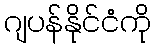
ဂျပန်နိုင်ငံကို